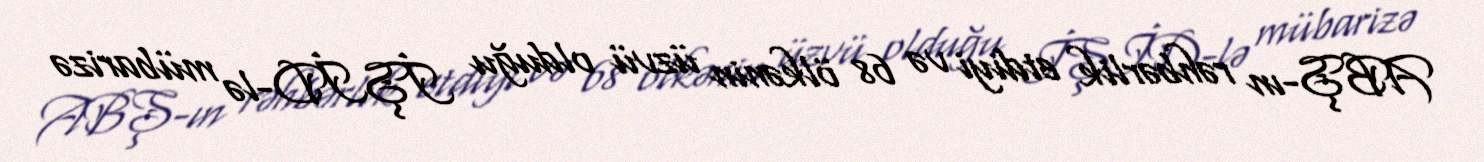
ABŞ-ın rəhbərlik etdiyi və 68 ölkənin üzvü olduğu İŞİD-lə mübarizə